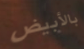
بالأبيض